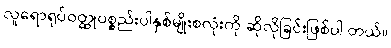
လူရောရုပ်ဝတ္ထုပစ္စည်းပါနှစ်မျိုးစလုံးကို ဆိုလိုခြင်းဖြစ်ပါ တယ်။